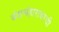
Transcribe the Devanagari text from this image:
वंशसंहारावरची